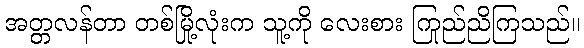
အတ္တလန်တာ တစ်မြို့လုံးက သူ့ကို လေးစား ကြည်ညိုကြသည်။